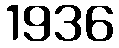
1936